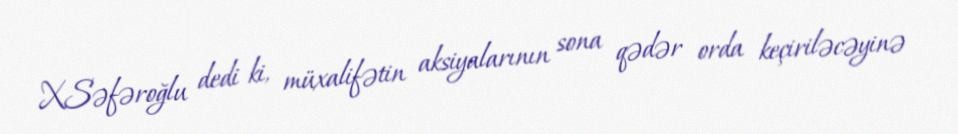
X.Səfəroğlu dedi ki, müxalifətin aksiyalarının sona qədər orda keçiriləcəyinə